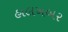
હાલખબર